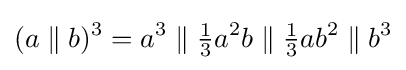
(a\parallel b)^{3}=a^{3}\parallel {\tfrac {1}{3}}a^{2}b\parallel {\tfrac {1}{3}}ab^{2}\parallel b^{3}